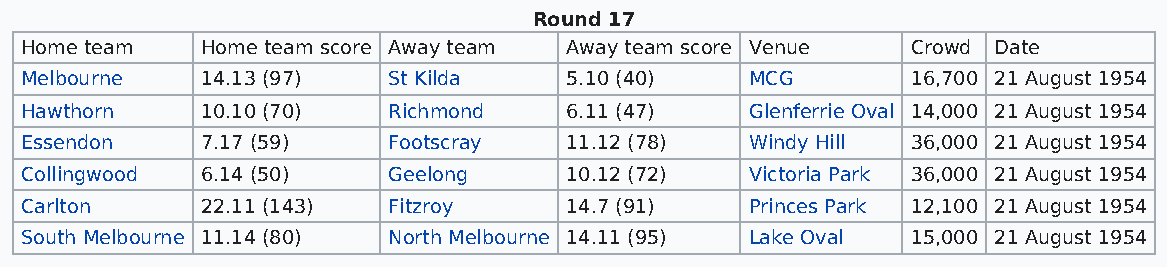
Round 17
 Home team   Home team score Away team Away team score Venue Crowd Date
 Melbourne   14.13 (97)   St Kilda   5.10 (40)    MCG       16,700 21 August 1954
 Hawthorn    10.10 (70)   Richmond   6.11 (47)    Glenferrie Oval 14,000 21 August 1954
 Essendon    7.17 (59)    Footscray  11.12 (78)   Windy Hill 36,000 21 August 1954
 Collingwood 6.14 (50)    Geelong    10.12 (72)   Victoria Park 36,000 21 August 1954
 Carlton     22.11 (143)  Fitzroy    14.7 (91)    Princes Park 12,100 21 August 1954
 South Melbourne 11.14 (80) North Melbourne 14.11 (95) Lake Oval 15,000 21 August 1954